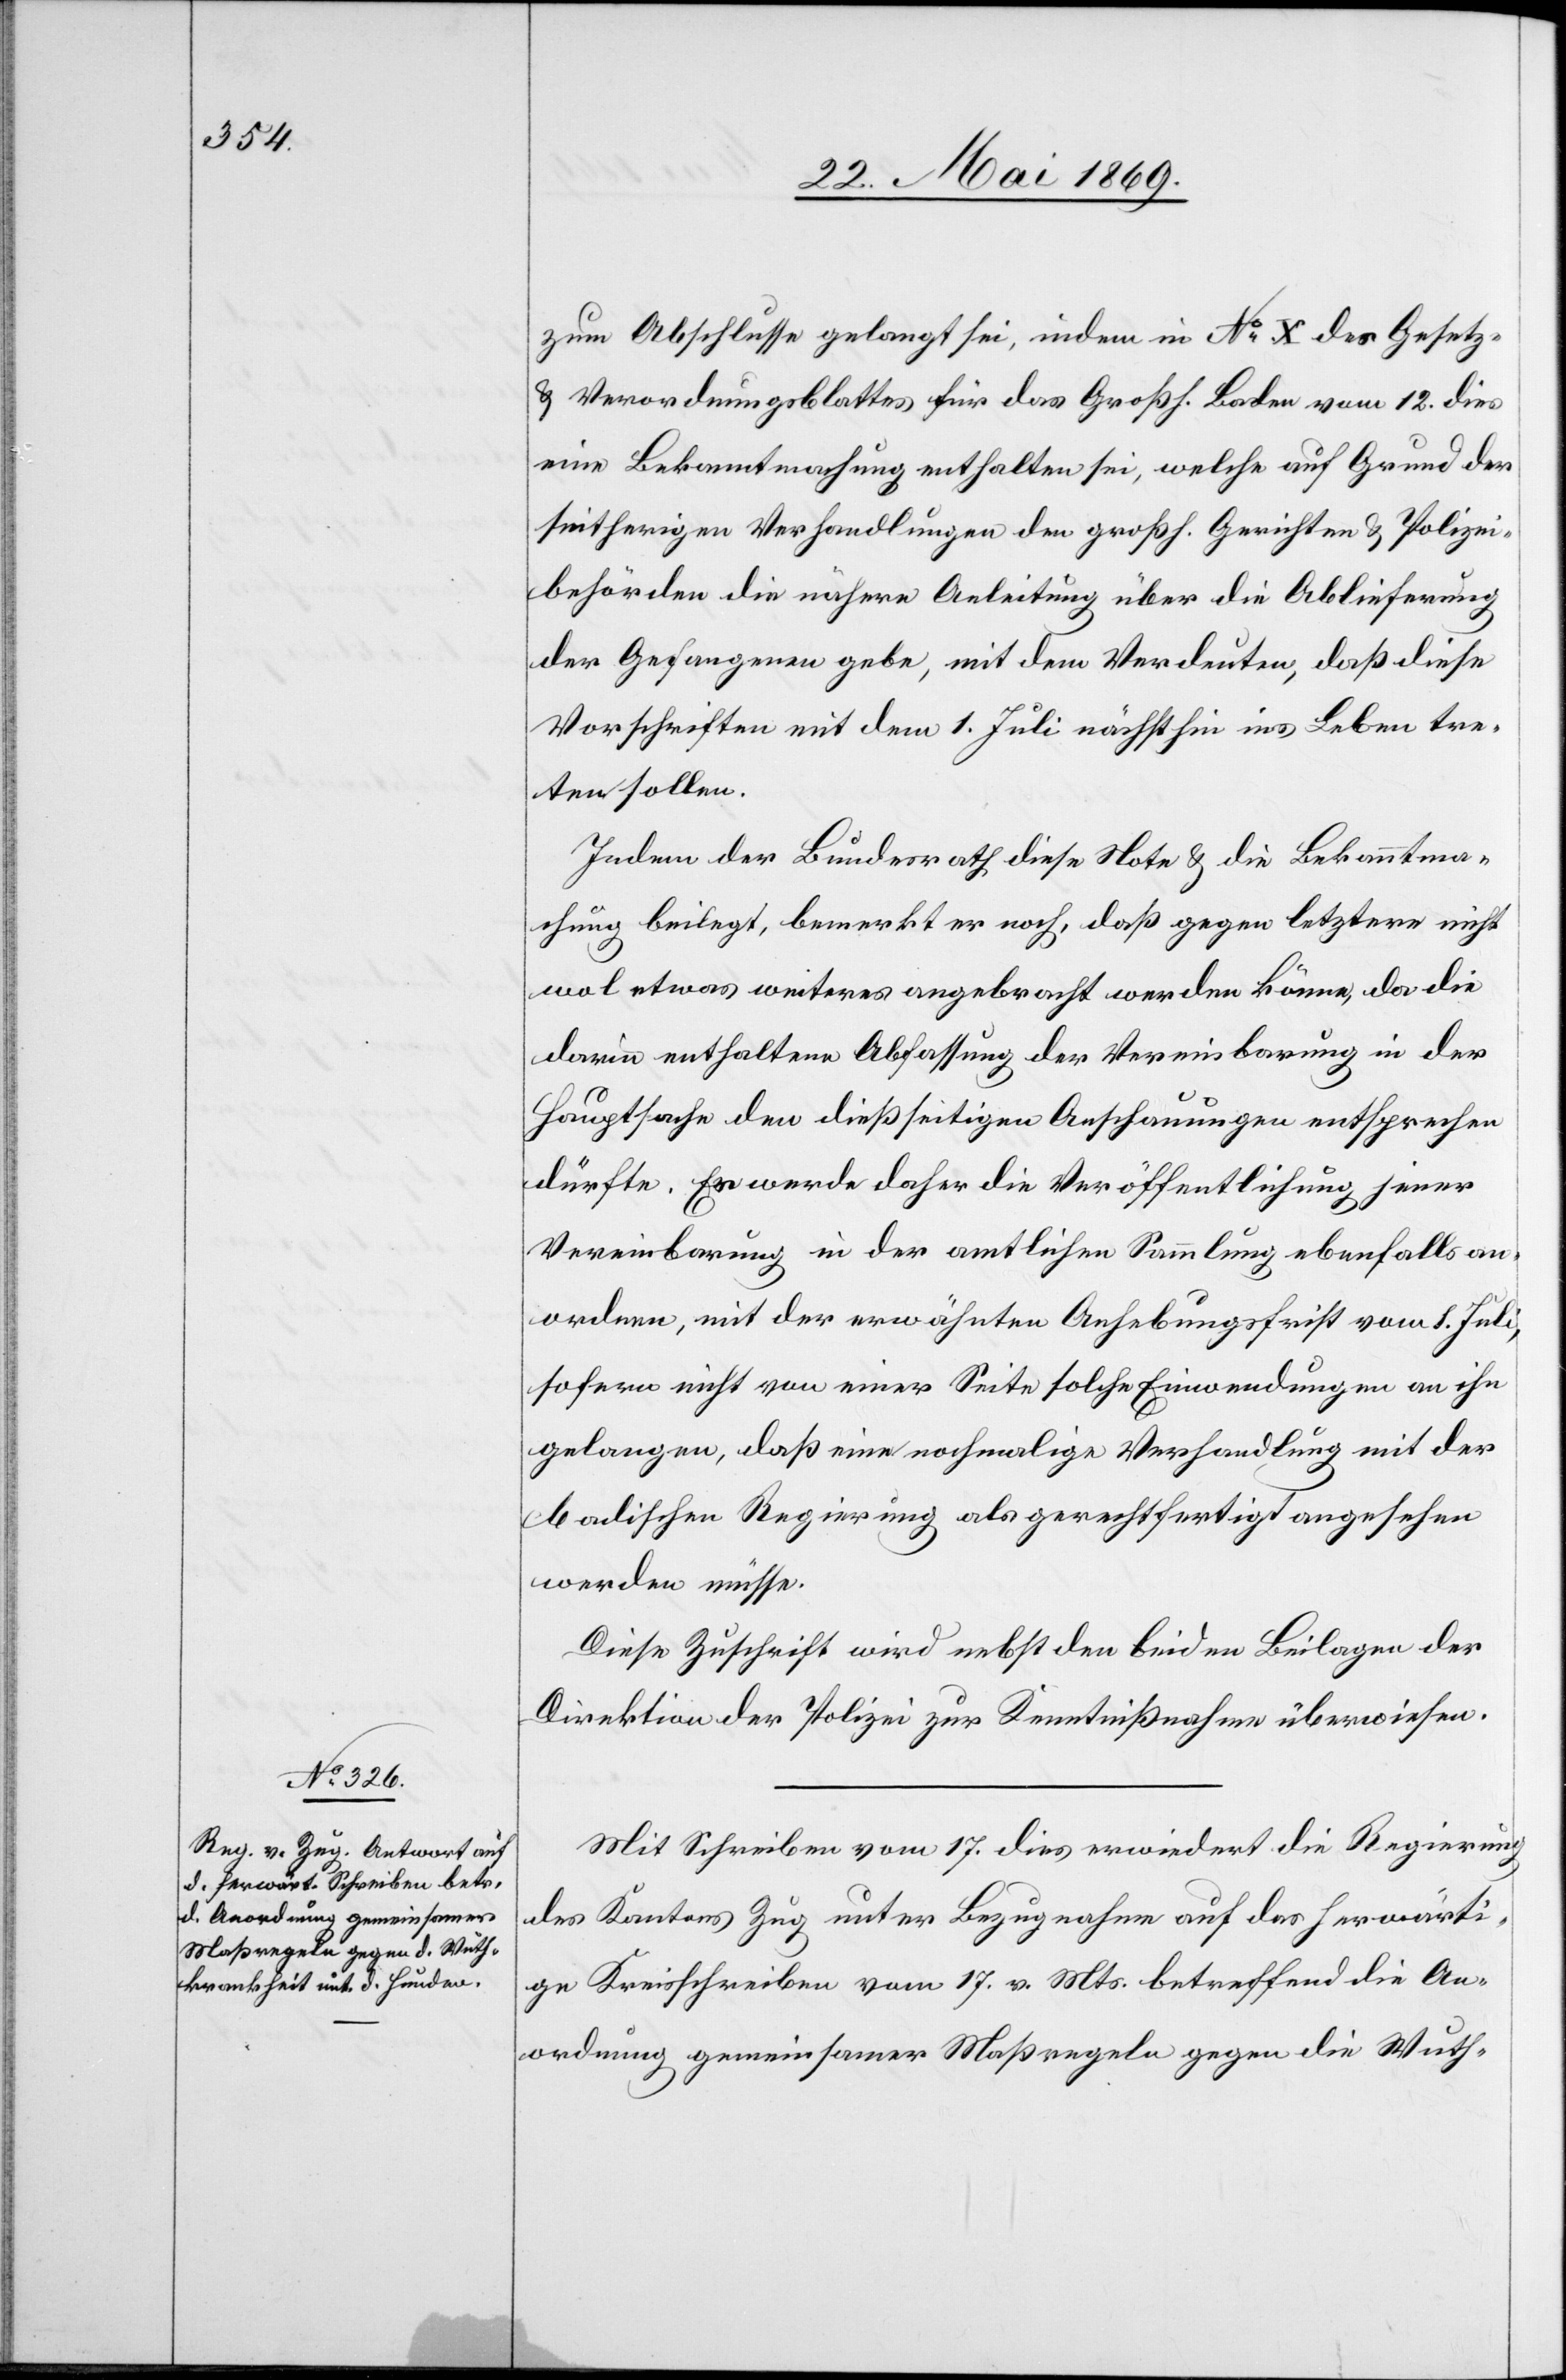
zum Abschlusse gelangt sei, indem in N° X des Gesetz-
und Verordnungsblattes für das Großh. Baden vom 12 dies
eine Bekanntmachung enthalten sei, welche auf Grund der
seitherigen Verhandlungen den großh. Gerichten u. Polizei¬
behörden die nähere Anleitung über die Ablieferung
der Gefangenen gebe, mit dem Verdeuten, daß diese
Vorschriften mit dem 1 Juli nächsthin ins Leben tre¬
ten sollen.
Indem der Bundesrath diese Note u. die Bekanntma¬
chung beilegt, bemerkt er noch, daß gegen letztere nicht
wol etwas weiteres angebracht werden könne, da die
darin enthaltene Abfassung der Vereinbarung in der
Hauptsache den dießseitigen Anschauungen entsprechen
dürfte. Er werde daher die Veröffentlichung jener
Vereinbarung in der amtlichen Sammlung ebenfalls an¬
ordnen, mit der erwähnten Anhebungsfrist vom 8 Juli,
sofern nicht von einer Seite solche Einwendungen an ihn
gelangen, daß eine nochmalige Verhandlung mit der
badischen Regierung als gerechtfertigt angesehen
werden müsse.
Diese Zuschrift wird nebst den beiden Beilagen der
Direktion der Polizei zur Kenntnißnahme überwiesen.
Mit Schreiben vom 17 dies erwiedert die Regierung
des Kantons Zug unter Bezugnahme auf das herwärti¬
ge Kreisschreiben vom 17 v. Mts. betreffend die An¬
ordnung gemeinsamer Maßregeln gegen die Wuth-